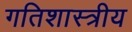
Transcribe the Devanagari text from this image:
गतिशास्त्रीय